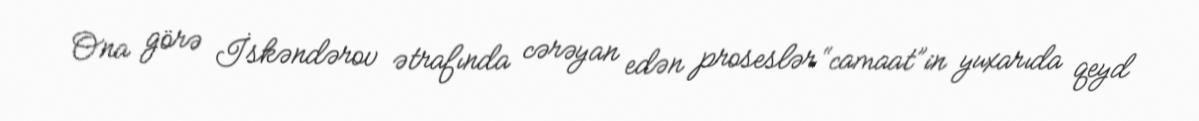
Ona görə İskəndərov ətrafında cərəyan edən proseslər “camaat”in yuxarıda qeyd